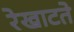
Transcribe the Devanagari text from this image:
रेखाटते